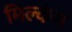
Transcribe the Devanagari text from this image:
मिल्कंग